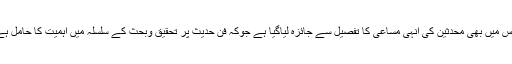
جس میں بھی محدثین کی انہی مساعی کا تفصیل سے جائزہ لیاگیا ہے جوکہ فنِ حدیث پر تحقیق وبحث کے سلسلہ میں اہمیت کا حامل ہے۔